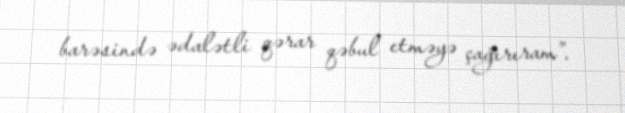
barəsində ədalətli qərar qəbul etməyə çağırıram”.